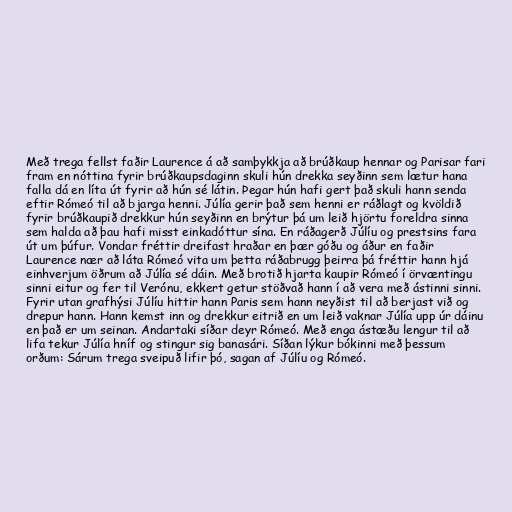
Með trega fellst faðir Laurence á að samþykkja að brúðkaup hennar og Parisar fari
fram en nóttina fyrir brúðkaupsdaginn skuli hún drekka seyðinn sem lætur hana
falla dá en líta út fyrir að hún sé látin. Þegar hún hafi gert það skuli hann senda
eftir Rómeó til að bjarga henni. Júlía gerir það sem henni er ráðlagt og kvöldið
fyrir brúðkaupið drekkur hún seyðinn en brýtur þá um leið hjörtu foreldra sinna
sem halda að þau hafi misst einkadóttur sína. En ráðagerð Júlíu og prestsins fara
út um þúfur. Vondar fréttir dreifast hraðar en þær góðu og áður en faðir
Laurence nær að láta Rómeó vita um þetta ráðabrugg þeirra þá fréttir hann hjá
einhverjum öðrum að Júlía sé dáin. Með brotið hjarta kaupir Rómeó í örvæntingu
sinni eitur og fer til Verónu, ekkert getur stöðvað hann í að vera með ástinni sinni.
Fyrir utan grafhýsi Júlíu hittir hann Paris sem hann neyðist til að berjast við og
drepur hann. Hann kemst inn og drekkur eitrið en um leið vaknar Júlía upp úr dáinu
en það er um seinan. Andartaki síðar deyr Rómeó. Með enga ástæðu lengur til að
lifa tekur Júlía hníf og stingur sig banasári. Síðan lýkur bókinni með þessum
orðum: Sárum trega sveipuð lifir þó, sagan af Júlíu og Rómeó.